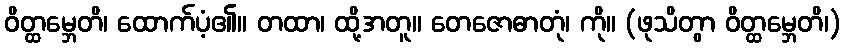
ဝိတ္ထမ္ဘေတိ၊ ထောက်ပံ့၏။ တထာ၊ ထို့အတူ။ တေဇောဓာတုံ၊ ကို။ (ဖုသိတွာ ဝိတ္ထမ္ဘေတိ၊)